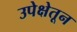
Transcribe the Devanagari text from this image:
उपेक्षेतून